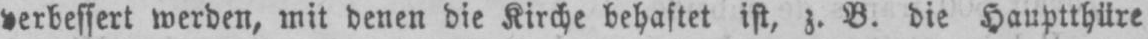
verbessert werden, mit denen die Kirche behaftet ist, z. B. die Hauptthüre